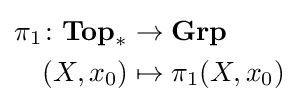
{\begin{aligned}\pi _{1}\colon \mathbf {Top} _{*}&\to \mathbf {Grp} \\(X,x_{0})&\mapsto \pi _{1}(X,x_{0})\end{aligned}}